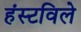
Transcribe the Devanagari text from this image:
हंस्टविले